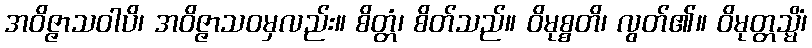
အဝိဇ္ဇာသဝါပိ၊ အဝိဇ္ဇာသဝမှလည်း။ စိတ္တံ၊ စိတ်သည်။ ဝိမုစ္စတိ၊ လွတ်၏။ ဝိမုတ္တသ္မိံ၊